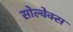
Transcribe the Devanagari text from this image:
सोल्वेक्स